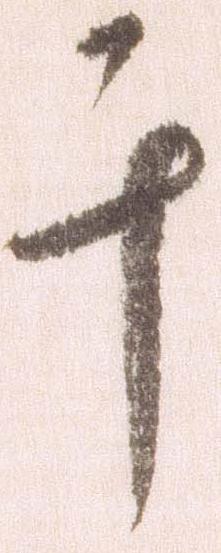
千